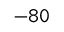
\mathtt { - 8 0 }